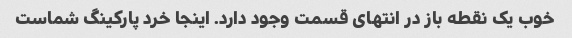
خوب یک نقطه باز در انتهای قسمت وجود دارد. اینجا خرد پارکینگ شماست